65_HS1-834228961_62-HQ-83894_SUB_A
Agency: FBI
Page 89
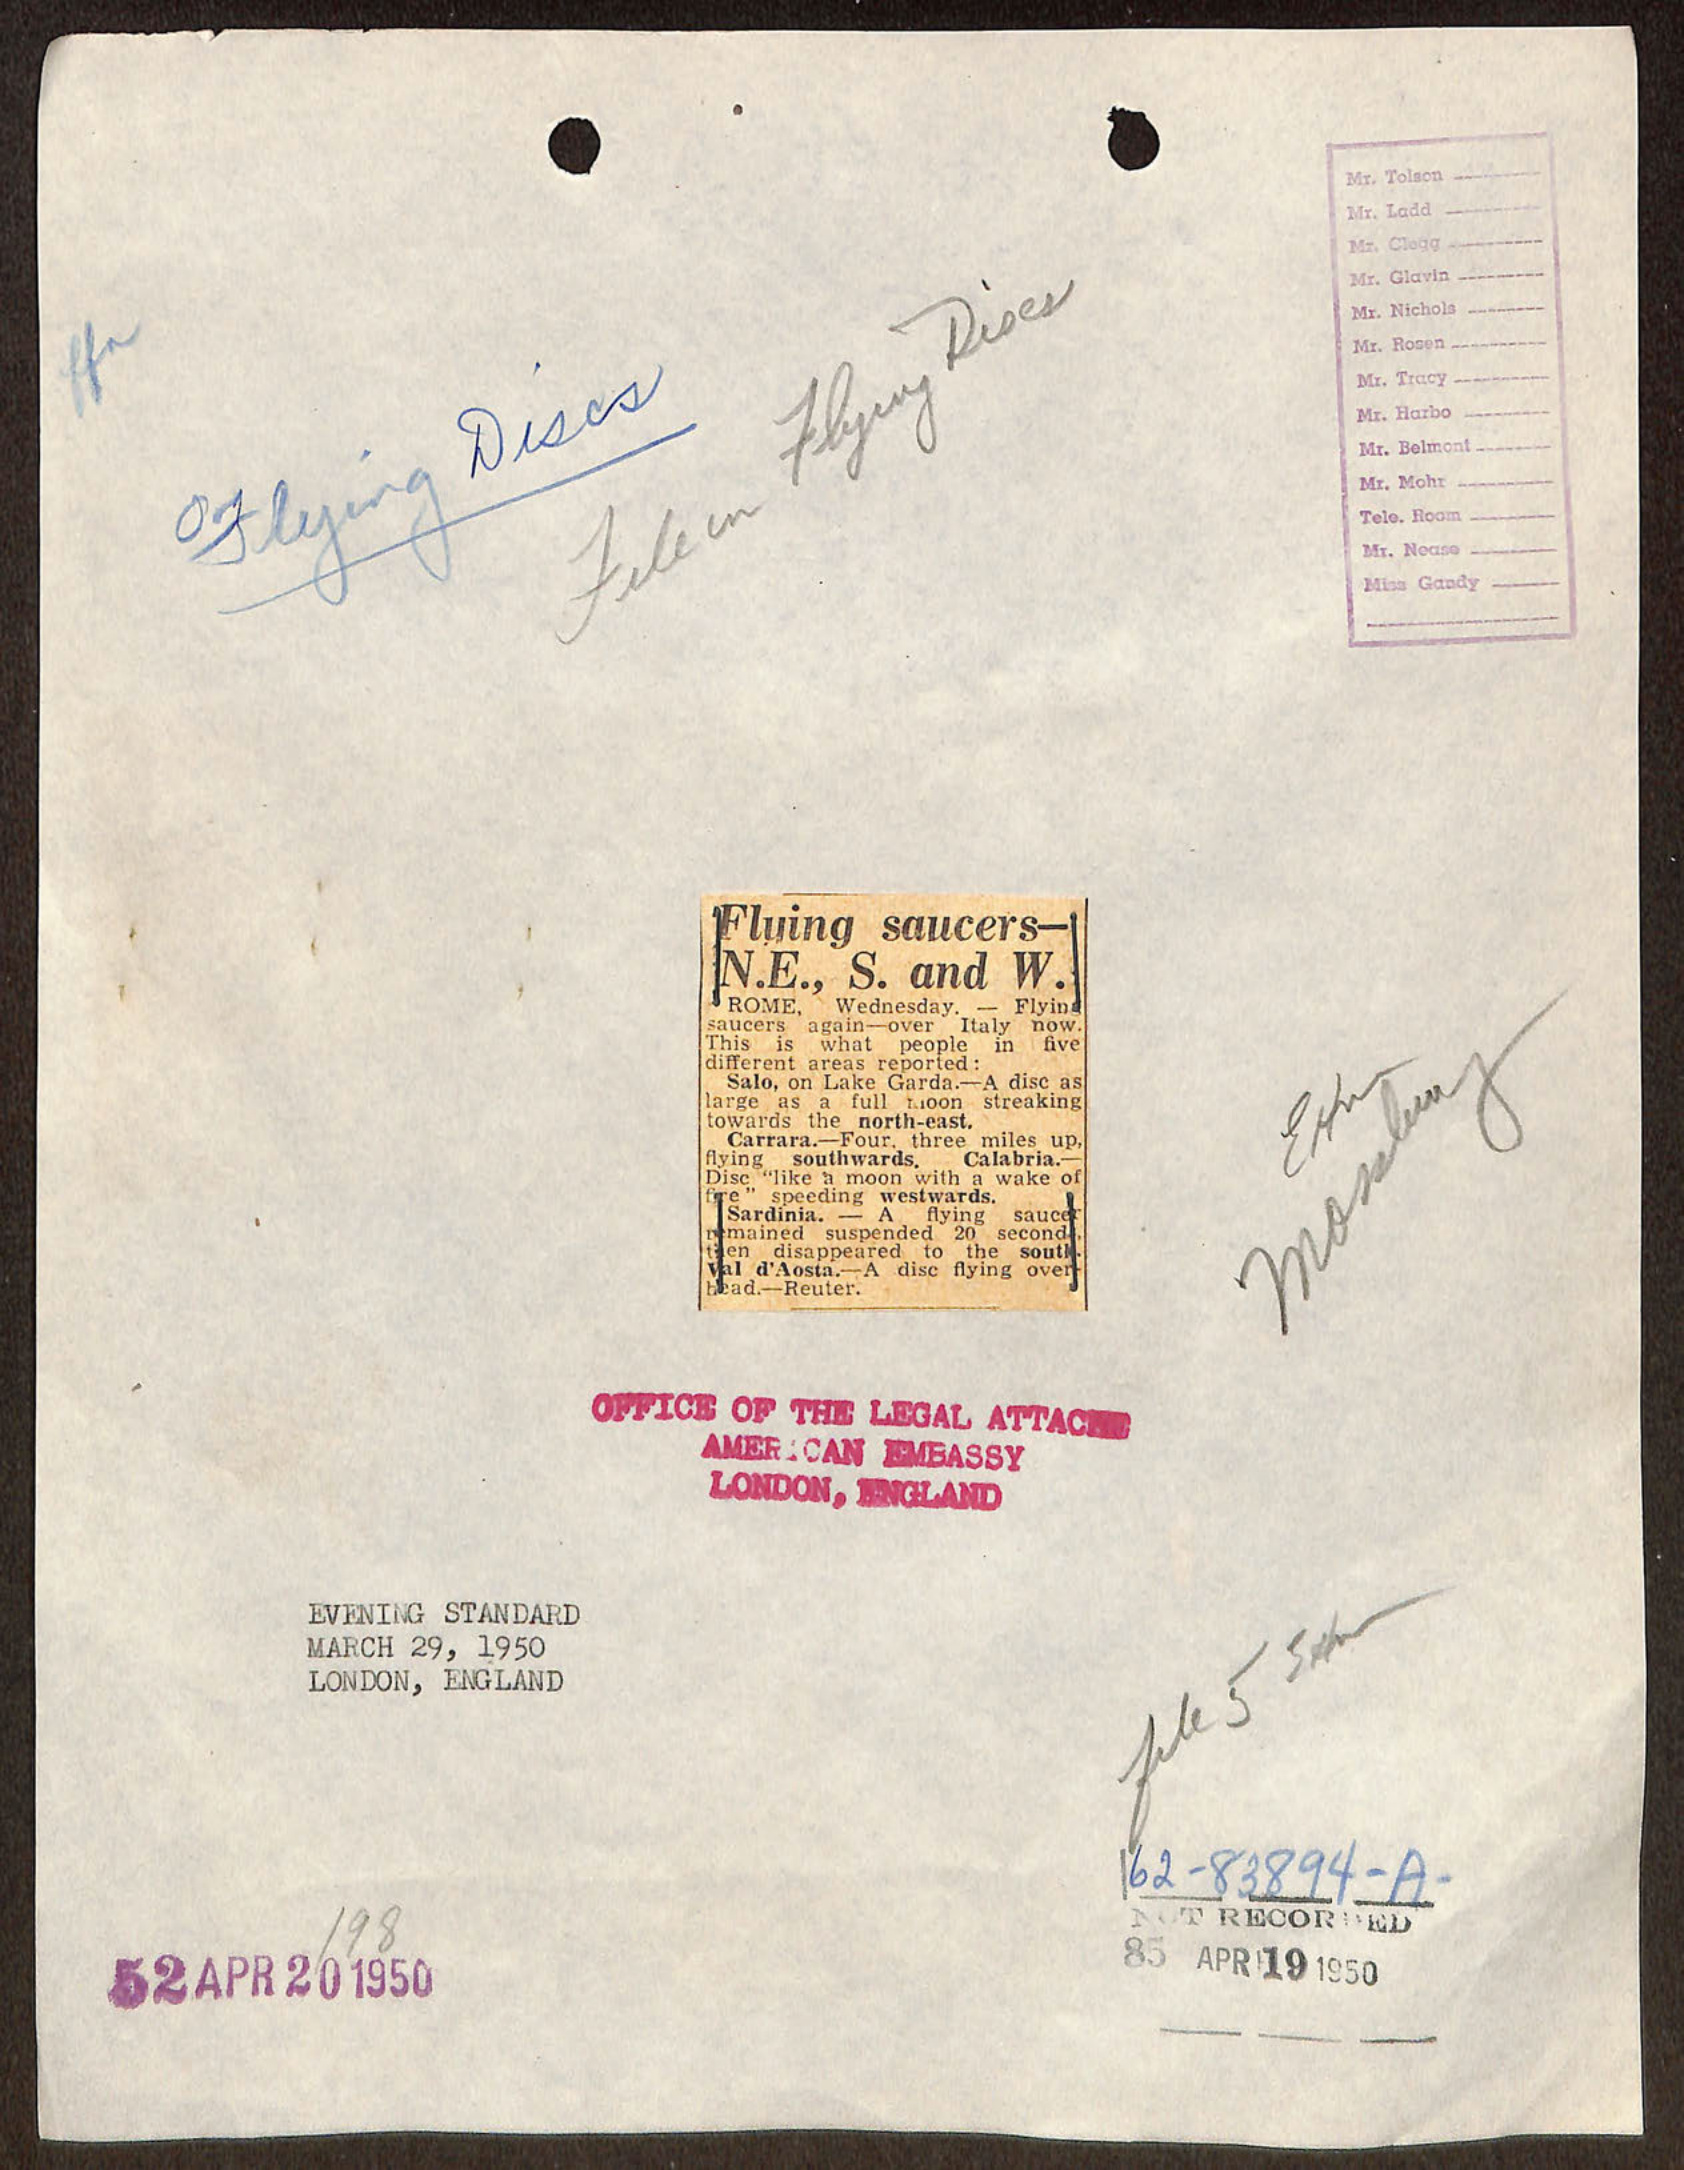